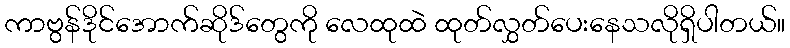
ကာဗွန်ဒိုင်အောက်ဆိုဒ်တွေကို လေထုထဲ ထုတ်လွှတ်ပေးနေသလိုရှိပါတယ်။